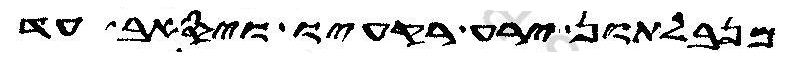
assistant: מנבלתון ירע רקעיו ויסאב עד